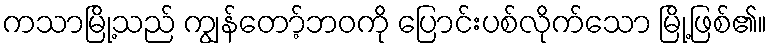
ကသာမြို့သည် ကျွန်တော့်ဘဝကို ပြောင်းပစ်လိုက်သော မြို့ဖြစ်၏။